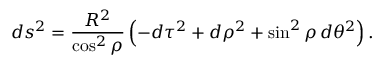
d s ^ { 2 } = \frac { R ^ { 2 } } { \cos ^ { 2 } { \rho } } \left( - d \tau ^ { 2 } + d \rho ^ { 2 } + \sin ^ { 2 } { \rho } \, d \theta ^ { 2 } \right) .